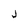
Character: j